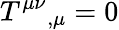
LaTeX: T^{\mu\nu}{}_{,\mu}=0